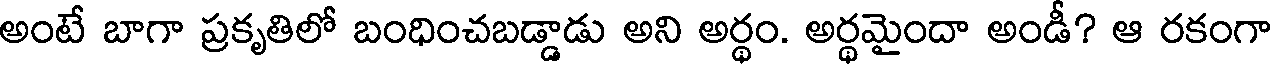
అంటే బాగా ప్రకృతిలో బంధించబడ్డాడు అని అర్థం. అర్థమైందా అండీ? ఆ రకంగా